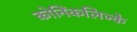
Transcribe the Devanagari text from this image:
कोनिंकलिज्के